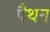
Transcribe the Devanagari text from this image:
पैथन